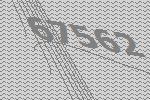
67562